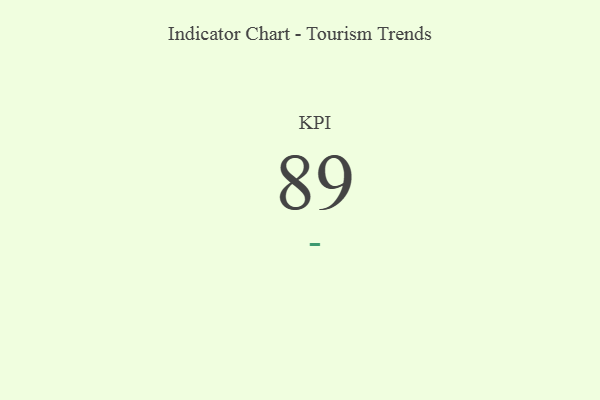
{"axis": {"x": "KPI", "y": "Value"}, "legend": [""], "data": [{"x": "KPI", "y": 89, "type": ""}]}